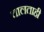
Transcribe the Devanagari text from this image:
चालताही